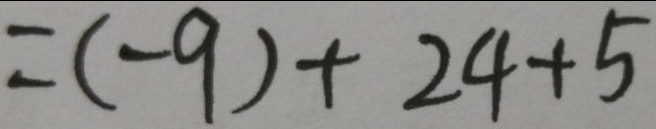
= ( - 9 ) + 2 4 + 5